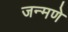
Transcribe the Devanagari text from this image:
जन्मणे